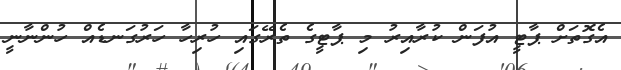
އެގޮތަށް ޕާޓީ އުފަން ކުރާއިރު މި ޕާޓީގެ ތެރޭގައި ހުރިހާ ހަރުގަނޑެއް ހުންނާނީ